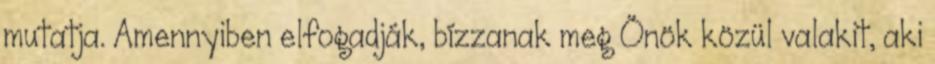
mutatja. Amennyiben elfogadják, bízzanak meg Önök közül valakit, aki